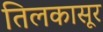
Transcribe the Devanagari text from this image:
तिलकासूर